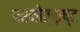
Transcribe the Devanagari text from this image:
परमोत्कृष्ट